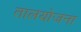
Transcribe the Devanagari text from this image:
तालयोजना